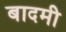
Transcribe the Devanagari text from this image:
बादमी